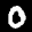
Label: 0